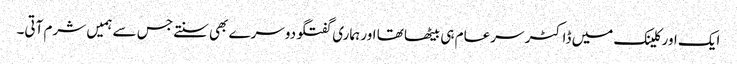
ایک اور کلینک میں ڈاکٹر سرعام ہی بیٹھا تھا اور ہماری گفتگو دوسرے بھی سنتے جس سے ہمیں شرم آتی۔